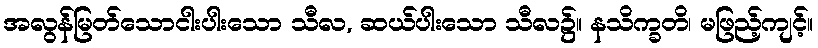
အလွန်မြတ်သောငါးပါးသော သီလ, ဆယ်ပါးသော သီလ၌။ နသိက္ခတိ၊ မဖြည့်ကျင့်။